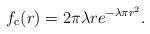
LaTeX: \begin{align*}f_{\mathrm{c}}(r) = 2\pi\lambda r e^{-\lambda\pi r^2}.\end{align*}